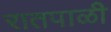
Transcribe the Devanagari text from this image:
रातपाळी